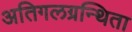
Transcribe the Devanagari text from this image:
अतिगलग्रन्थिता